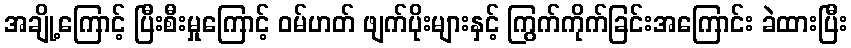
အချို့ကြောင့် ပြီးစီးမှုကြောင့် ဝမ်ဟတ် ဖျက်ပိုးများနှင့် ကြွက်ကိုက်ခြင်းအကြောင်း ခဲထားပြီး